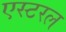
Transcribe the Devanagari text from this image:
एस्टरल